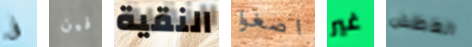
فى فين النقية اصغوا غير العطش